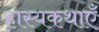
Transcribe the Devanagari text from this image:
हास्यकथाएँ